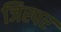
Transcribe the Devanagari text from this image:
जिस्पर